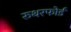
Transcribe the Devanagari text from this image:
रुथरफोर्ड